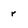
Character: r